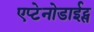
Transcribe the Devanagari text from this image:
एप्टेनोडाईट्स